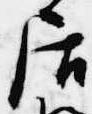
居